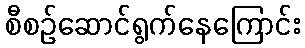
စီစဉ်ဆောင်ရွက်နေကြောင်း